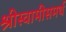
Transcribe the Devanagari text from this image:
श्रीस्वामीसमर्थ